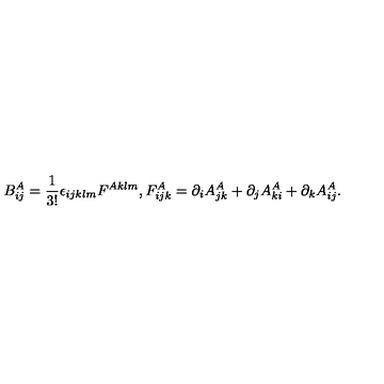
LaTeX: B _ { i j } ^ { A } = \frac { 1 } { 3 ! } \epsilon _ { i j k l m } F ^ { A k l m } , F _ { i j k } ^ { A } = \partial _ { i } A _ { j k } ^ { A } + \partial _ { j } A _ { k i } ^ { A } + \partial _ { k } A _ { i j } ^ { A } .